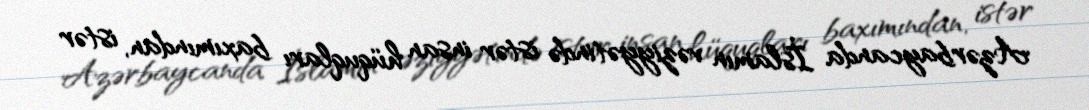
Azərbaycanda İslamın vəziyyətində istər insan hüquqları baxımından, istər